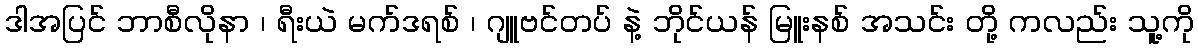
ဒါအပြင် ဘာစီလိုနာ ၊ ရီးယဲ မက်ဒရစ် ၊ ဂျူဗင်တပ် နဲ့ ဘိုင်ယန် မြူးနစ် အသင်း တို့ ကလည်း သူ့ကို